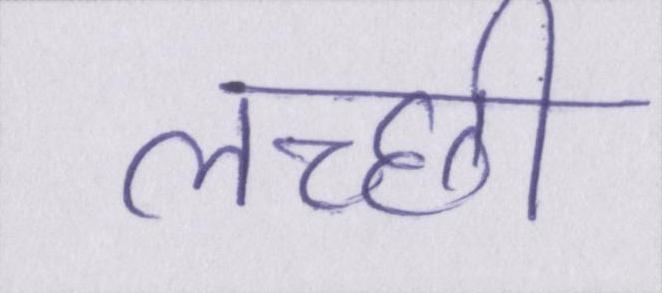
लच्छी